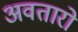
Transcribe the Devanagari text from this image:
अवतारो